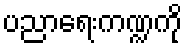
ပညာရေးကဏ္ဍကို